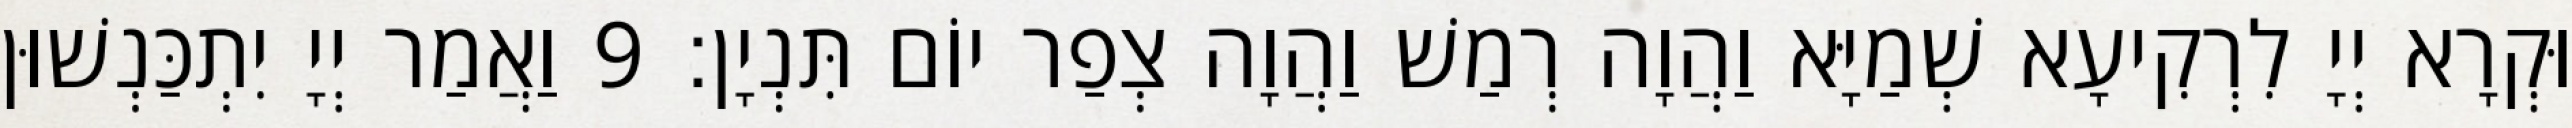
וּקְרָא יְיָ לִרְקִיעָא שְׁמַיָּא וַהֲוָה רְמַשׁ וַהֲוָה צְפַר יוֹם תִּנְיָן׃ 9 וַאֲמַר יְיָ יִתְכַּנְשׁוּן